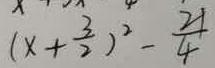
( x + \frac { 3 } { 2 } ) ^ { 2 } - \frac { 2 1 } { 4 }